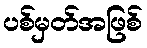
ပစ်မှတ်အဖြစ်